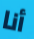
أنا